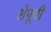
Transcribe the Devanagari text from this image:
शेपूची